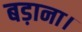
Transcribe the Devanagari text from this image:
बड़ाना।